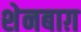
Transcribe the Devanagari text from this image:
शेनबाग़